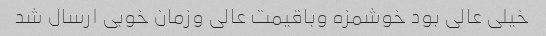
خیلی عالی بود خوشمزه وباقیمت عالی وزمان خوبی ارسال شد